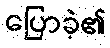
ပြောခဲ့၏